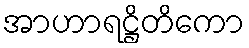
အာဟာရဋ္ဌိတိကော